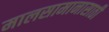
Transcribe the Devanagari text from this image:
मालसामानासाठी